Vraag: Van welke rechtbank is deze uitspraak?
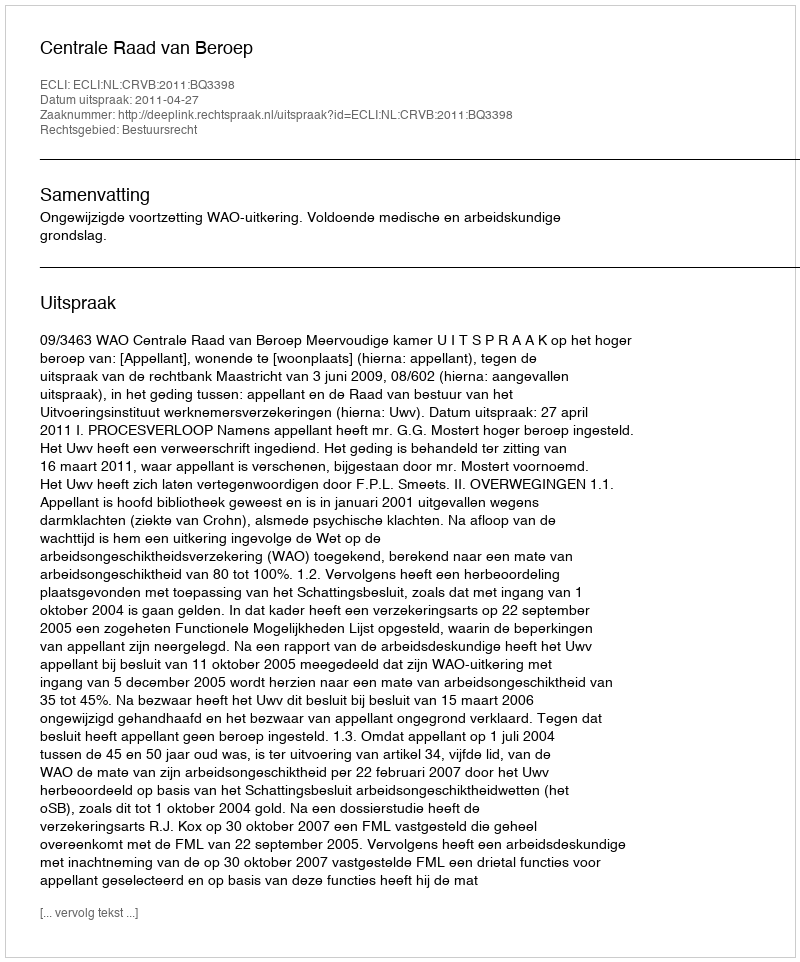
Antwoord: Centrale Raad van Beroep